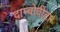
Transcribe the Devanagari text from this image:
दाम्बोवीटा